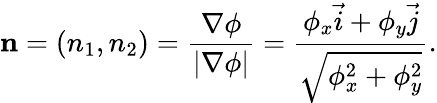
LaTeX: \mathbf{n}=(n_{1},n_{2})=\frac{\nabla\phi}{\vert\nabla\phi\vert}=\frac{\phi_{x}\vec{i}+\phi_{y}\vec{j}}{\sqrt{\phi_{x}^{2}+\phi_{y}^{2}}}.